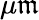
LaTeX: \mu\mathfrak{m}